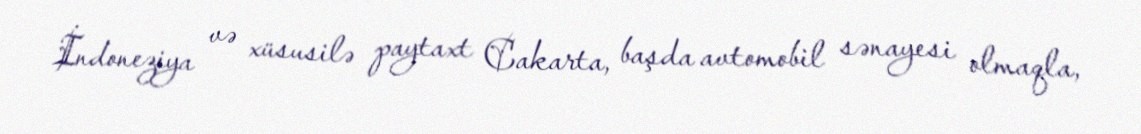
İndoneziya və xüsusilə paytaxt Cakarta, başda avtomobil sənayesi olmaqla,